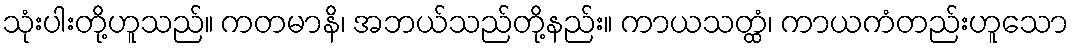
သုံးပါးတို့ဟူသည်။ ကတမာနိ၊ အဘယ်သည်တို့နည်း။ ကာယသတ္ထံ၊ ကာယကံတည်းဟူသော